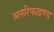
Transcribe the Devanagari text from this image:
अनरिफाइण्ड